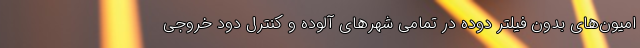
امیون‌های بدون فیلتر دوده در تمامی شهرهای آلوده و کنترل دود خروجی